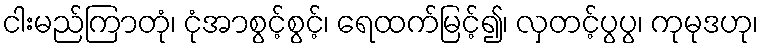
ငါးမည်ကြာတုံ၊ ငုံအာစွင့်စွင့်၊ ရေထက်မြင့်၍၊ လှတင့်ပွပွ၊ ကုမုဒဟု၊